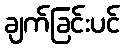
ချက်ခြင်းပင်